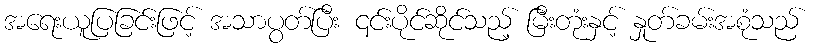
အရေးယူပြခြင်းဖြင့် အသာပွတ်ပြီး ၎င်းပိုင်ဆိုင်သည့် မြီးတုံးနှင့် နှုတ်ခမ်းအစုံသည်